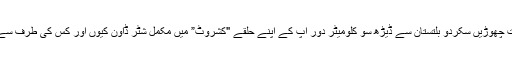
حفیظ الرحمن صاحب باقی اضلاع اور وادیوں کی بات چھوڑیں سکردو بلتستان سے ڈیڑھ سو کلومیٹر دُور آپ کے اپنے حلقے "کشروٹ” میں مکمل شٹر ڈاون کیوں اور کس کی طرف سے کیا گیا تھا اگر یہ احتجاج بلتستان کا معاملہ ہے تو؟